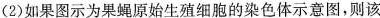
(2)如果图示为果蝇原始生殖细胞的染色体示意图，则该